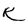
Character: R